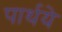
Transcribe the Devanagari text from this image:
पार्थये